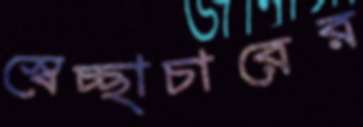
স্বেচ্ছাচারের